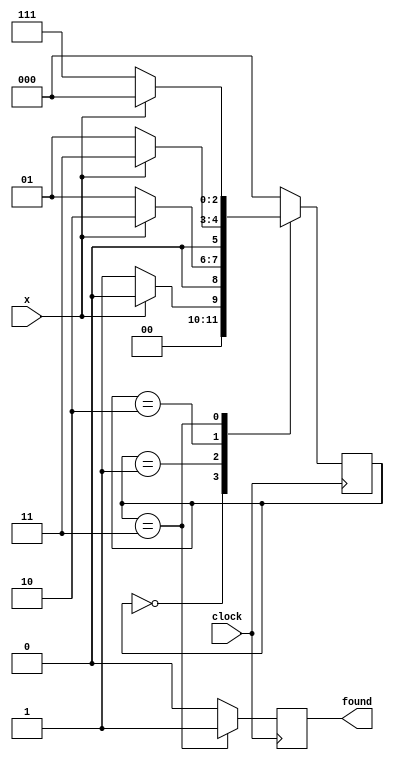
// it is a Mealy machine as the output depends on the present state as well as
// the input
//
//
// Machine detects 0110 pattern in the input bit stream

module sequence (x, clock, found);
  input x, clock;
  output reg found;

  parameter start_state=3'b000, first_zero_found=3'b001, first_one_found=3'b010;
  parameter second_one_found=3'b011, complete_pattern_found=3'b111;

  reg [2:0] cur_state;

  always @(posedge clock)
    case (cur_state)
      start_state: begin 
        cur_state <= x ? start_state: first_zero_found;
        found <= 0;
      end
      first_zero_found: begin 
        cur_state <= x ? first_one_found: first_zero_found;
        found <= 0;
      end
      first_one_found: begin 
        cur_state <= x ? second_one_found: first_zero_found;
        found <= 0;
      end
      second_one_found: begin 
        cur_state <= x ? start_state: complete_pattern_found;
        found <= 1;
      end
      default: begin
        found <= 0;
        cur_state <= start_state;
      end
    endcase
endmodule